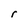
Character: r